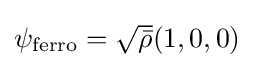
\psi _{\rm {ferro}}={\sqrt {\bar {\rho }}}(1,0,0)